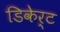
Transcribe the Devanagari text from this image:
डिकेर्ट